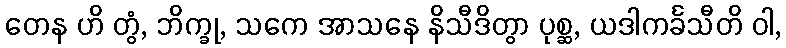
တေန ဟိ တွံ, ဘိက္ခု, သကေ အာသနေ နိသီဒိတွာ ပုစ္ဆ, ယဒါကင်္ခသီတိ ဝါ,